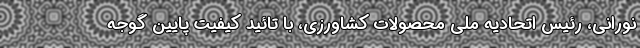
نورانی، رئیس اتحادیه ملی محصولات کشاورزی، با تائید کیفیت پایین گوجه